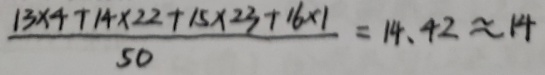
\frac { 1 3 \times 4 + 1 4 \times 2 2 + 1 5 \times 2 3 + 1 6 \times 1 } { 5 0 } = 1 4 . 4 2 \approx 1 4